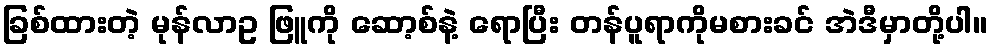
ခြစ်ထားတဲ့ မုန်လာဥ ဖြူကို ဆော့စ်နဲ့ ရောပြီး တန်ပူရာကိုမစားခင် အဲဒီမှာတို့ပါ။